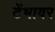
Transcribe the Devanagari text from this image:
टेंभावर